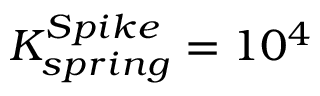
K _ { s p r i n g } ^ { S p i k e } = 1 0 ^ { 4 }